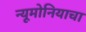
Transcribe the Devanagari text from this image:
न्यूमोनियाचा